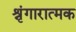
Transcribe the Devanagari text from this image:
श्रृंगारात्मक